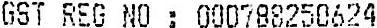
GST REG NO : 000788250624